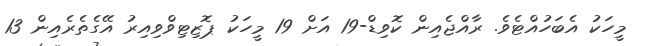
މީހަކު އެބަހުއްޓެވެ. ރާއްޖެއިން ކޮވިޑް-19 އަށް 19 މީހަކު ޕޮޒިޓިވްވިއިރު އޭގެތެރެއިން 13